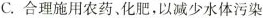
C.合理施用农药、化肥，以减少水体污染